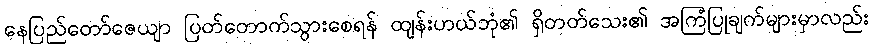
နေပြည်တော်ဇေယျာ ပြတ်တောက်သွားစေရန် ထျန်းဟယ်ဘုံ၏ ရှိတတ်သေး၏ အကြံပြုချက်များမှာလည်း